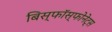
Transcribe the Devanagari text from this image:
बिस्फॉस्फोनेट्स